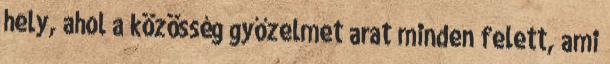
hely, ahol a közösség győzelmet arat minden felett, ami